Leaving Certificate Examination, 1911
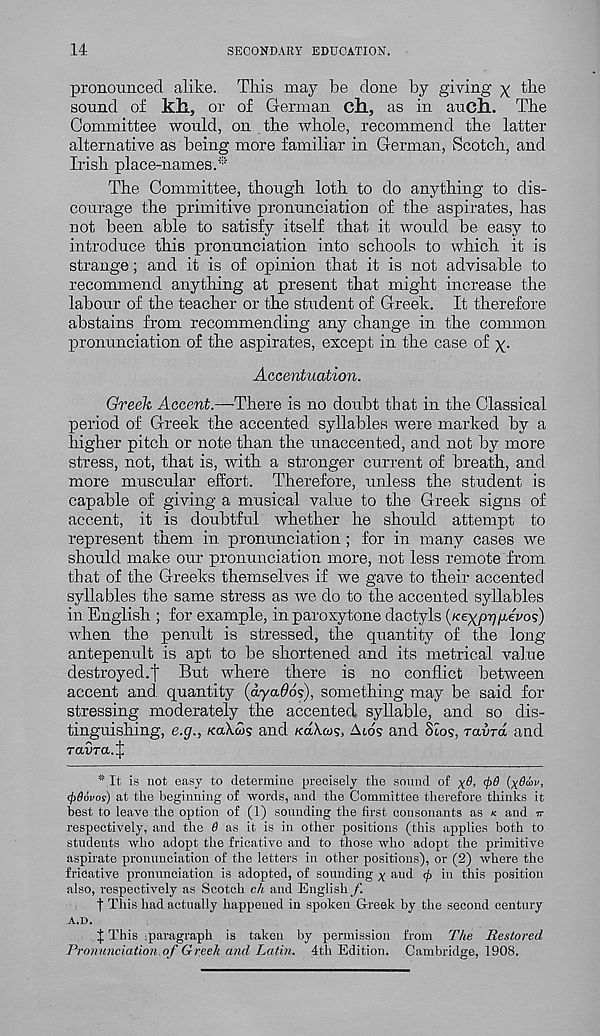
14
SECONDARY EDUCATION.
pronounced alike. Tins may be clone by giving x the
sound of kk, or of German ck, as in auck. Tbe
Committee would, on the whole, recommend the latter
alternative as being more familiar in German, Scotch, and
Irish place-names.'*'
The Committee, though loth to do anything to dis-
courage the primitive pronunciation of the aspirates, has
not been able to satisfy itself that it would be easy to
introduce this pronunciation into schools to which it is
strange; and it is of opinion that it is not advisable to
recommend anything at present that might increase the
labour of the teacher or the student of Greek. It therefore
abstains from recommending any change in the common
pronunciation of the aspirates, except in the case of x-
Accentuation.
Greek Accent.—There is no doubt that in the Classical
period of Greek the accented syllables were marked by a
higher pitch or note than the unaccented, and not by more
stress, not, that is, with a stronger current of breath, and
more muscular effort. Therefore, unless the student is
capable of giving a musical value to the Greek signs of
accent, it is doubtful whether he should attempt to
represent them in pronunciation ; for in many cases we
should make our pronunciation more, not less remote from
that of the Greeks themselves if we gave to their accented
syllables the same stress as we do to the accented syllables
in English ; for example, inparoxytone dactyls (/cexp^/reVo?)
when the penult is stressed, the quantity of the long
antepenult is apt to be shortened and its metrical value
destroyed.']' But where there is no conflict between
accent and. quantity (ayadok), something may be said for
stressing moderately the accented syllable, and so dis-
tinguishing, e.g., KCLXCOS and Kakois, Aids and SI09, raurd and
raara. J
* It is not easy to determine precisely the sound of xd <t>0 (x^v’
(f)86vos) at the beginning of words, and the Committee therefore thinks it
best to leave the option of (1) sounding the first consonants as K and n
respectively, and the 8 as it is in other positions (this applies both to
students who adopt the fricative and to those who adopt the primitive
aspirate pronunciation of the letters in other positions), or (2) where the
fricative pronunciation is adopted, of sounding y and <fi in this position
also, respectively as Scotch ch and English f.
f This had actually happened in spoken Greek by the second century
A.D.
J This paragraph is taken by permission from The Restored
Pronunciation,of Greek and Latin. 4th Edition. Cambridge, 1908.